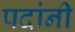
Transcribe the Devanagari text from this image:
पदांनी